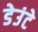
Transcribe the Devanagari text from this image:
डेउंटे